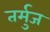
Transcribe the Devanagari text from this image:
तर्मुज